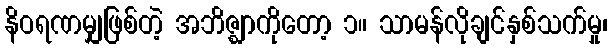
နိဝရဏမျှဖြစ်တဲ့ အဘိဇ္ဈာကိုတော့ ၁။ သာမန်လိုချင်နှစ်သက်မှု၊